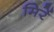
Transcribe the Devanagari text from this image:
मिरें